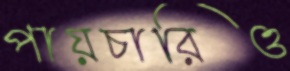
পায়চারিও